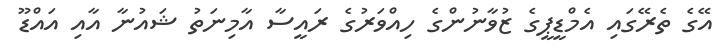
އޭގެ ތެރޭގައި އެމްޑީޕީގެ ޒުވާނުންގެ ހިއްވަރުގެ ރައީސާ އާމިނަތު ޝައުނާ އާއި އައްޑޫ